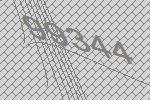
99344